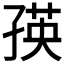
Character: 𭓐